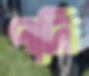
পদি